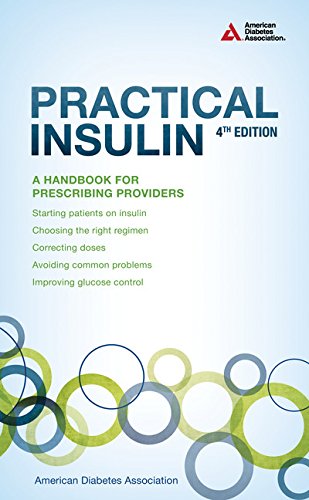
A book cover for Practical Insulin: A Handbook for Prescribing Providers; American Diabetes Association; Health, Fitness & Dieting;